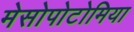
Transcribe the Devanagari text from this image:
मेसोपोटोमिया